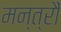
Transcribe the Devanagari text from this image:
मन्त्रौं